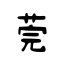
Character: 莞